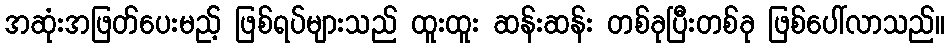
အဆုံးအဖြတ်ပေးမည့် ဖြစ်ရပ်များသည် ထူးထူး ဆန်းဆန်း တစ်ခုပြီးတစ်ခု ဖြစ်ပေါ်လာသည်။